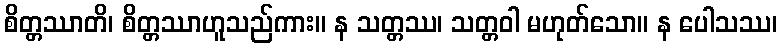
စိတ္တဿာတိ၊ စိတ္တဿာဟူသည်ကား။ န သတ္တဿ၊ သတ္တဝါ မဟုတ်သော။ န ပေါသဿ၊